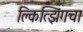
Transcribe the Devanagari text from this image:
क्लित्झिंगचा